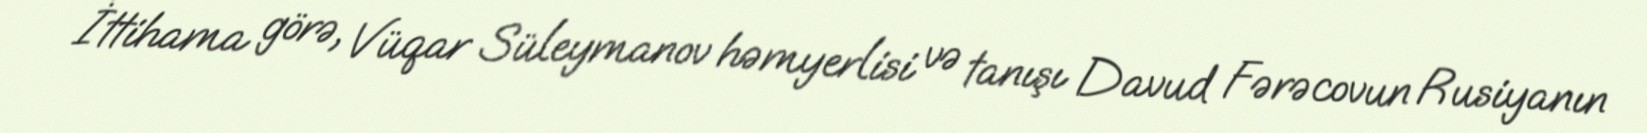
İttihama görə, Vüqar Süleymanov həmyerlisi və tanışı Davud Fərəcovun Rusiyanın